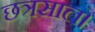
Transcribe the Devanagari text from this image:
छत्रसाल।